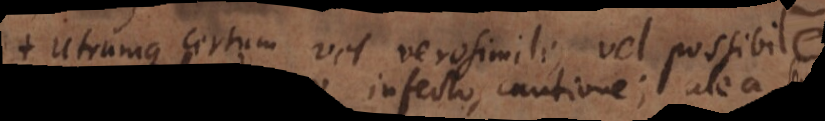
Utrumque certum vel vero simile, vel possibile.